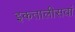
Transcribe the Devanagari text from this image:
इकतालीसवां